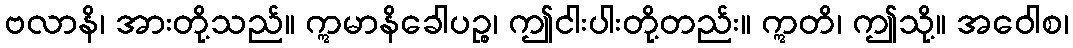
ဗလာနိ၊ အားတို့သည်။ ဣမာနိခေါပဉ္စ၊ ဤငါးပါးတို့တည်း။ ဣတိ၊ ဤသို့။ အဝေါစ၊